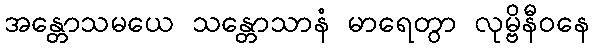
အန္တောသမယေ သန္တောသာနံ မာရေတွာ လုမ္ဗိနီဝနေ